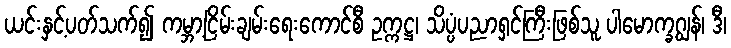
ယင်းနှင့်ပတ်သက်၍ ကမ္ဘာ့ငြိမ်းချမ်းရေးကောင်စီ ဥက္ကဋ္ဌ၊ သိပ္ပံပညာရှင်ကြီးဖြစ်သူ ပါမောက္ခဂျွန်၊ ဒီ၊